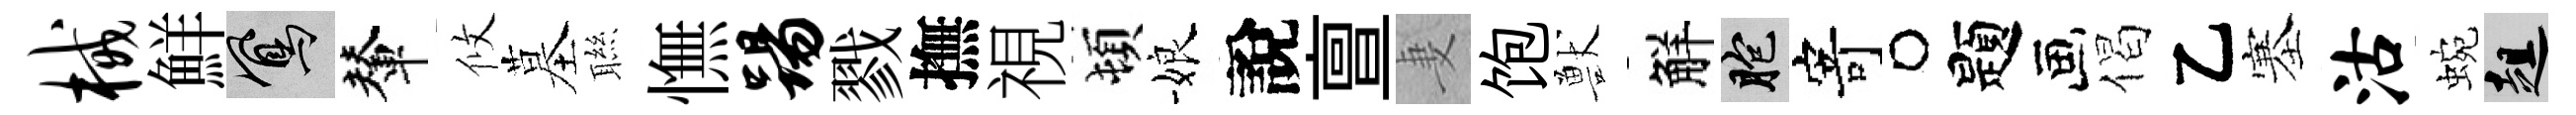
械鮮鳳輦攸墓聮憮踢戮撫視頓娘說亶妻饱獸觧胞寄题偈乙塞沽蜿趄